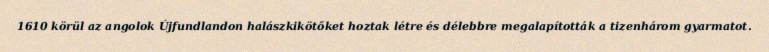
1610 körül az angolok Újfundlandon halászkikötőket hoztak létre és délebbre megalapították a tizenhárom gyarmatot.